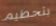
بتحطيم